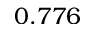
0 . 7 7 6